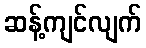
ဆန့်ကျင်လျက်